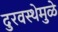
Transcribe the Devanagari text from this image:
दुरवस्थेमुळे